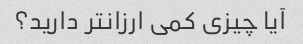
آیا چیزی کمی ارزانتر دارید؟